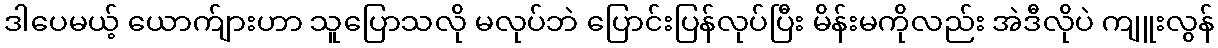
ဒါပေမယ့် ယောက်ျားဟာ သူပြောသလို မလုပ်ဘဲ ပြောင်းပြန်လုပ်ပြီး မိန်းမကိုလည်း အဲဒီလိုပဲ ကျူးလွန်